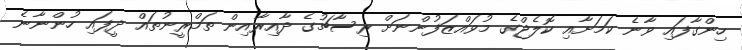
ހިންގާފައި ވާނެ ކަމަށާއި ކޮލެޖްގެ މުވައްޒަފުންނަށް ރިސާޗުގެ ދާއިރާއިން ތަމްރީނުތައް ދީފައި ހުންނާނެ